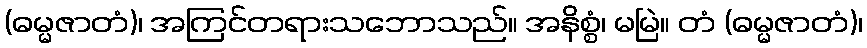
(ဓမ္မဇာတံ)၊ အကြင်တရားသဘောသည်။ အနိစ္စံ၊ မမြဲ။ တံ (ဓမ္မဇာတံ)၊